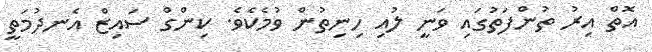
އޮތް އިރު ތުންފަތުގައި ވަނީ ލުއި ހިނިތުން ވުމެކެވެ. ކިންގް ސައިޒް އެނދުމަތީ